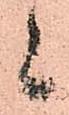
候